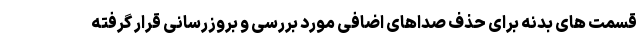
قسمت های بدنه برای حذف صداهای اضافی مورد بررسی و بروزرسانی قرار گرفته